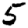
Digit: 5